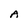
Character: A